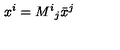
x ^ { i } = { M ^ { i } { } _ { j } } { \bar { x } } ^ { j }